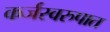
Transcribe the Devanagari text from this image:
कर्जस्वरुपात